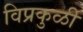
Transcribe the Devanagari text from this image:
विप्रकुळी